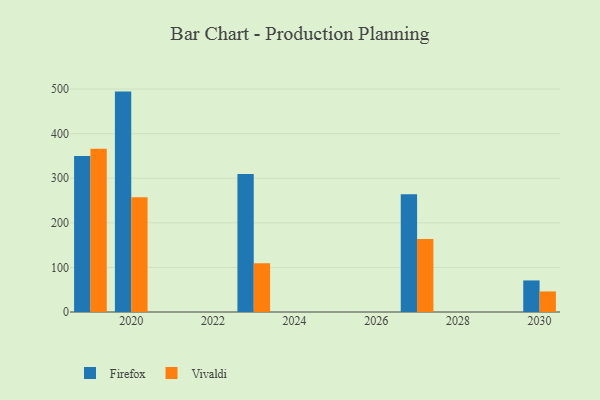
{"axis": {"x": "Year", "y": "Satisfaction Score"}, "legend": ["Firefox", "Vivaldi"], "data": [{"x": "2023", "y": 309.5, "type": "Firefox"}, {"x": "2023", "y": 109.3, "type": "Vivaldi"}, {"x": "2019", "y": 350.0, "type": "Firefox"}, {"x": "2019", "y": 366.0, "type": "Vivaldi"}, {"x": "2027", "y": 264.0, "type": "Firefox"}, {"x": "2027", "y": 163.8, "type": "Vivaldi"}, {"x": "2020", "y": 494.3, "type": "Firefox"}, {"x": "2020", "y": 257.1, "type": "Vivaldi"}, {"x": "2030", "y": 70.8, "type": "Firefox"}, {"x": "2030", "y": 46.1, "type": "Vivaldi"}]}